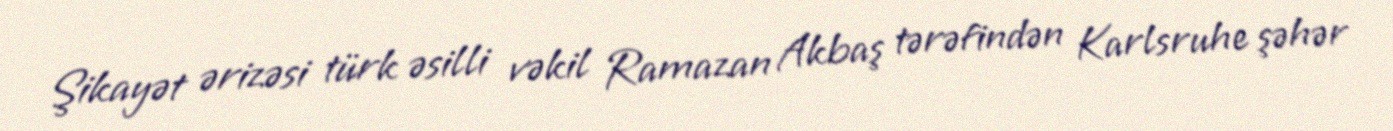
Şikayət ərizəsi türk əsilli vəkil Ramazan Akbaş tərəfindən Karlsruhe şəhər